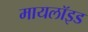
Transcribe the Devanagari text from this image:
मायलॉइड